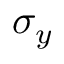
\sigma _ { y }